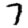
Digit: 7